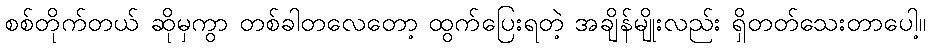
စစ်တိုက်တယ် ဆိုမှကွာ တစ်ခါတလေတော့ ထွက်ပြေးရတဲ့ အချိန်မျိုးလည်း ရှိတတ်သေးတာပေါ့။